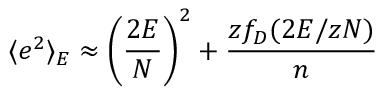
\langle e ^ { 2 } \rangle _ { E } \approx \left( \frac { 2 E } N \right) ^ { 2 } + \frac { z f _ { D } ( 2 E / z N ) } { n }